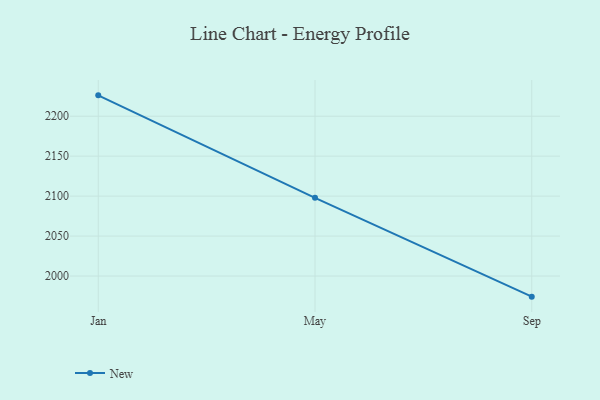
{"axis": {"x": "Month", "y": "Temperature (°C)"}, "legend": ["New"], "data": [{"x": "Jan", "y": 2226.1, "type": "New"}, {"x": "May", "y": 2097.9, "type": "New"}, {"x": "Sep", "y": 1974.2, "type": "New"}]}